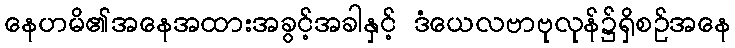
နေဟမိ၏အနေအထားအခွင့်အခါနှင့် ဒံယေလဗာဗုလုန်၌ရှိစဉ်အနေ